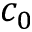
c _ { 0 }